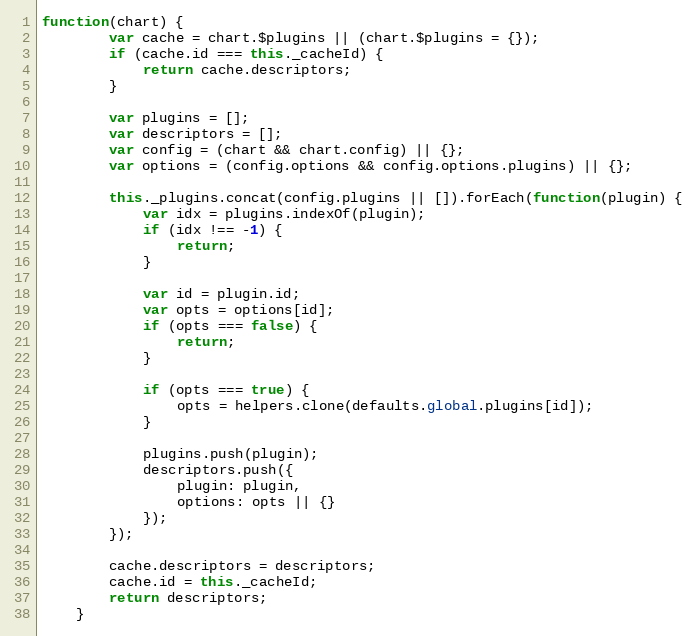
Language: JavaScript
function(chart) {
		var cache = chart.$plugins || (chart.$plugins = {});
		if (cache.id === this._cacheId) {
			return cache.descriptors;
		}

		var plugins = [];
		var descriptors = [];
		var config = (chart && chart.config) || {};
		var options = (config.options && config.options.plugins) || {};

		this._plugins.concat(config.plugins || []).forEach(function(plugin) {
			var idx = plugins.indexOf(plugin);
			if (idx !== -1) {
				return;
			}

			var id = plugin.id;
			var opts = options[id];
			if (opts === false) {
				return;
			}

			if (opts === true) {
				opts = helpers.clone(defaults.global.plugins[id]);
			}

			plugins.push(plugin);
			descriptors.push({
				plugin: plugin,
				options: opts || {}
			});
		});

		cache.descriptors = descriptors;
		cache.id = this._cacheId;
		return descriptors;
	}